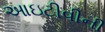
આઇટીવીની